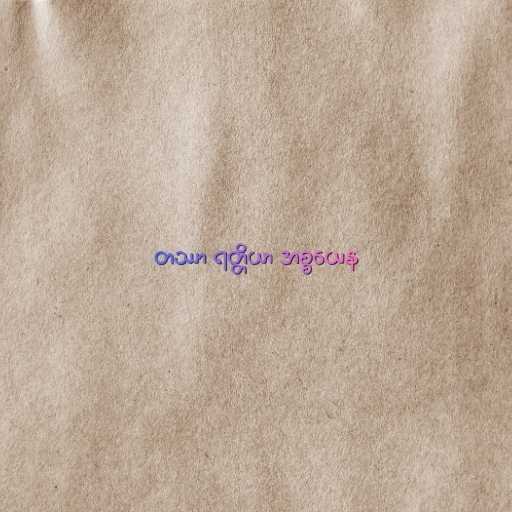
တဿာ ရတ္တိယာ အစ္စယေန